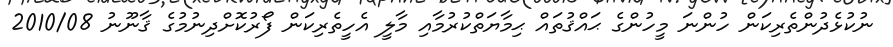
ނުކުޅެދުންތެރިކަން ހުންނަ މީހުންގެ ޙައްޤުތައް ޙިމާޔަތްކުރުމާއި މާލީ އެހީތެރިކަން ފޯރުކޮށްދިނުމުގެ ޤާނޫނު 2010/08